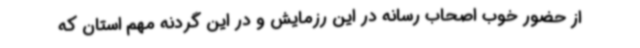
از حضور خوب اصحاب رسانه در این رزمایش و در این گردنه مهم استان که